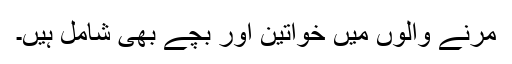
مرنے والوں میں خواتین اور بچے بھی شامل ہیں۔